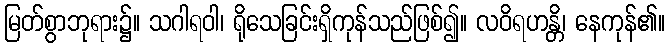
မြတ်စွာဘုရား၌။ သဂါရဝါ၊ ရိုသေခြင်းရှိကုန်သည်ဖြစ်၍။ လဝိရဟန္တိ၊ နေကုန်၏။